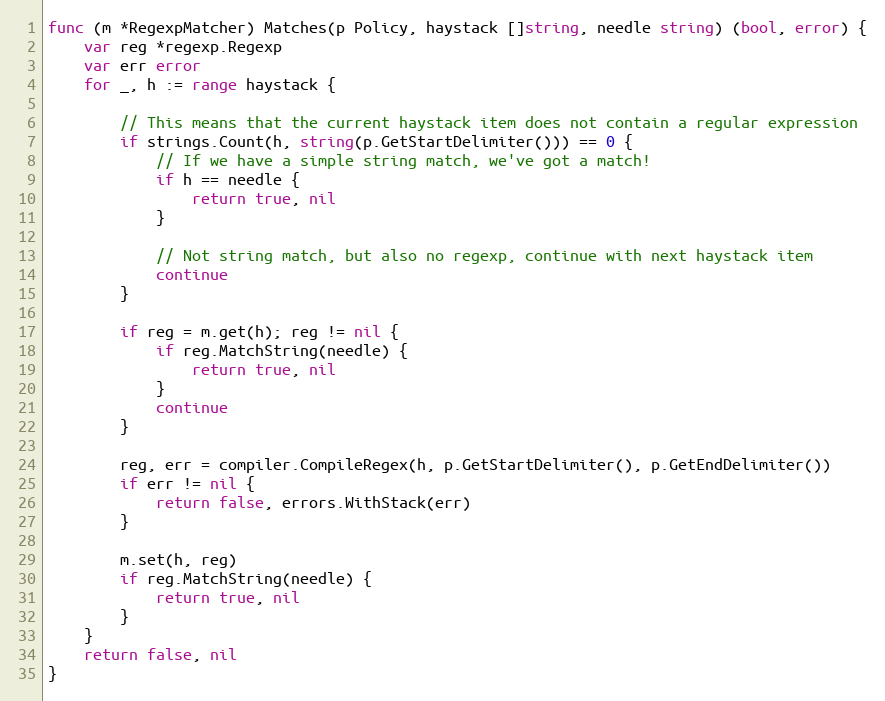
Language: Go
func (m *RegexpMatcher) Matches(p Policy, haystack []string, needle string) (bool, error) {
	var reg *regexp.Regexp
	var err error
	for _, h := range haystack {

		// This means that the current haystack item does not contain a regular expression
		if strings.Count(h, string(p.GetStartDelimiter())) == 0 {
			// If we have a simple string match, we've got a match!
			if h == needle {
				return true, nil
			}

			// Not string match, but also no regexp, continue with next haystack item
			continue
		}

		if reg = m.get(h); reg != nil {
			if reg.MatchString(needle) {
				return true, nil
			}
			continue
		}

		reg, err = compiler.CompileRegex(h, p.GetStartDelimiter(), p.GetEndDelimiter())
		if err != nil {
			return false, errors.WithStack(err)
		}

		m.set(h, reg)
		if reg.MatchString(needle) {
			return true, nil
		}
	}
	return false, nil
}